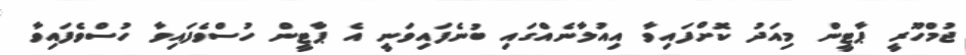
ޖުމްހޫރީ ޕާޓީން މިއަދު ކޮށްފައިވާ އިއުލާނެއްގައި ބުނެފައިވަނީ އެ ޕާޓީން ހުސްވެފައިވާ ހުސްވެފައިވާ